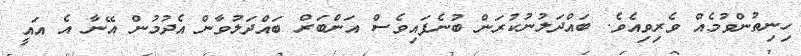
ހިނިތުންވުމެއް ވެރިވިއެވެ. ބައްދަލުނުކުރަން ބުނެފައިވެސް އަންބަރް ބައްދަލުވާން އެދުމުން އޭނާ އެ އައީ